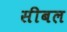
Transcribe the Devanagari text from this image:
सीबल